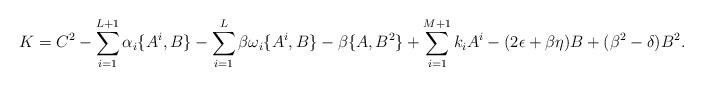
LaTeX: \begin{align*}K &= C^2 - \sum_{i=1}^{L+1}\alpha_i\{A^i,B\} - \sum_{i=1}^L\beta\omega_i\{A^i,B\} -\beta\{A,B^2\}+\sum_{i=1}^{M+1}k_iA^i - (2\epsilon+\beta\eta) B +(\beta^2-\delta)B^2.\end{align*}